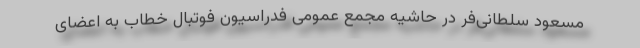
مسعود سلطانی‌فر در حاشیه مجمع عمومی فدراسیون فوتبال خطاب به اعضای